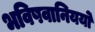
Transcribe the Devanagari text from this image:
भविषवानिययो